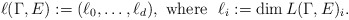
\begin{align*}\ell(\Gamma, E) := (\ell_0, \ldots, \ell_{d}), \mbox{ where } \ \ell_i := \dim L(\Gamma,E)_i.\end{align*}